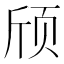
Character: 颀